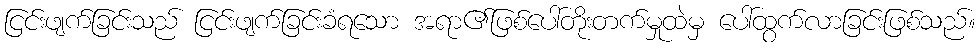
ငြင်းဖျက်ခြင်းသည် ငြင်းဖျက်ခြင်းခံရသော အရာ၏ဖြစ်ပေါ်တိုးတက်မှုထဲမှ ပေါ်ထွက်လာခြင်းဖြစ်သည်။